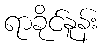
ရာခိုင်နူန်း